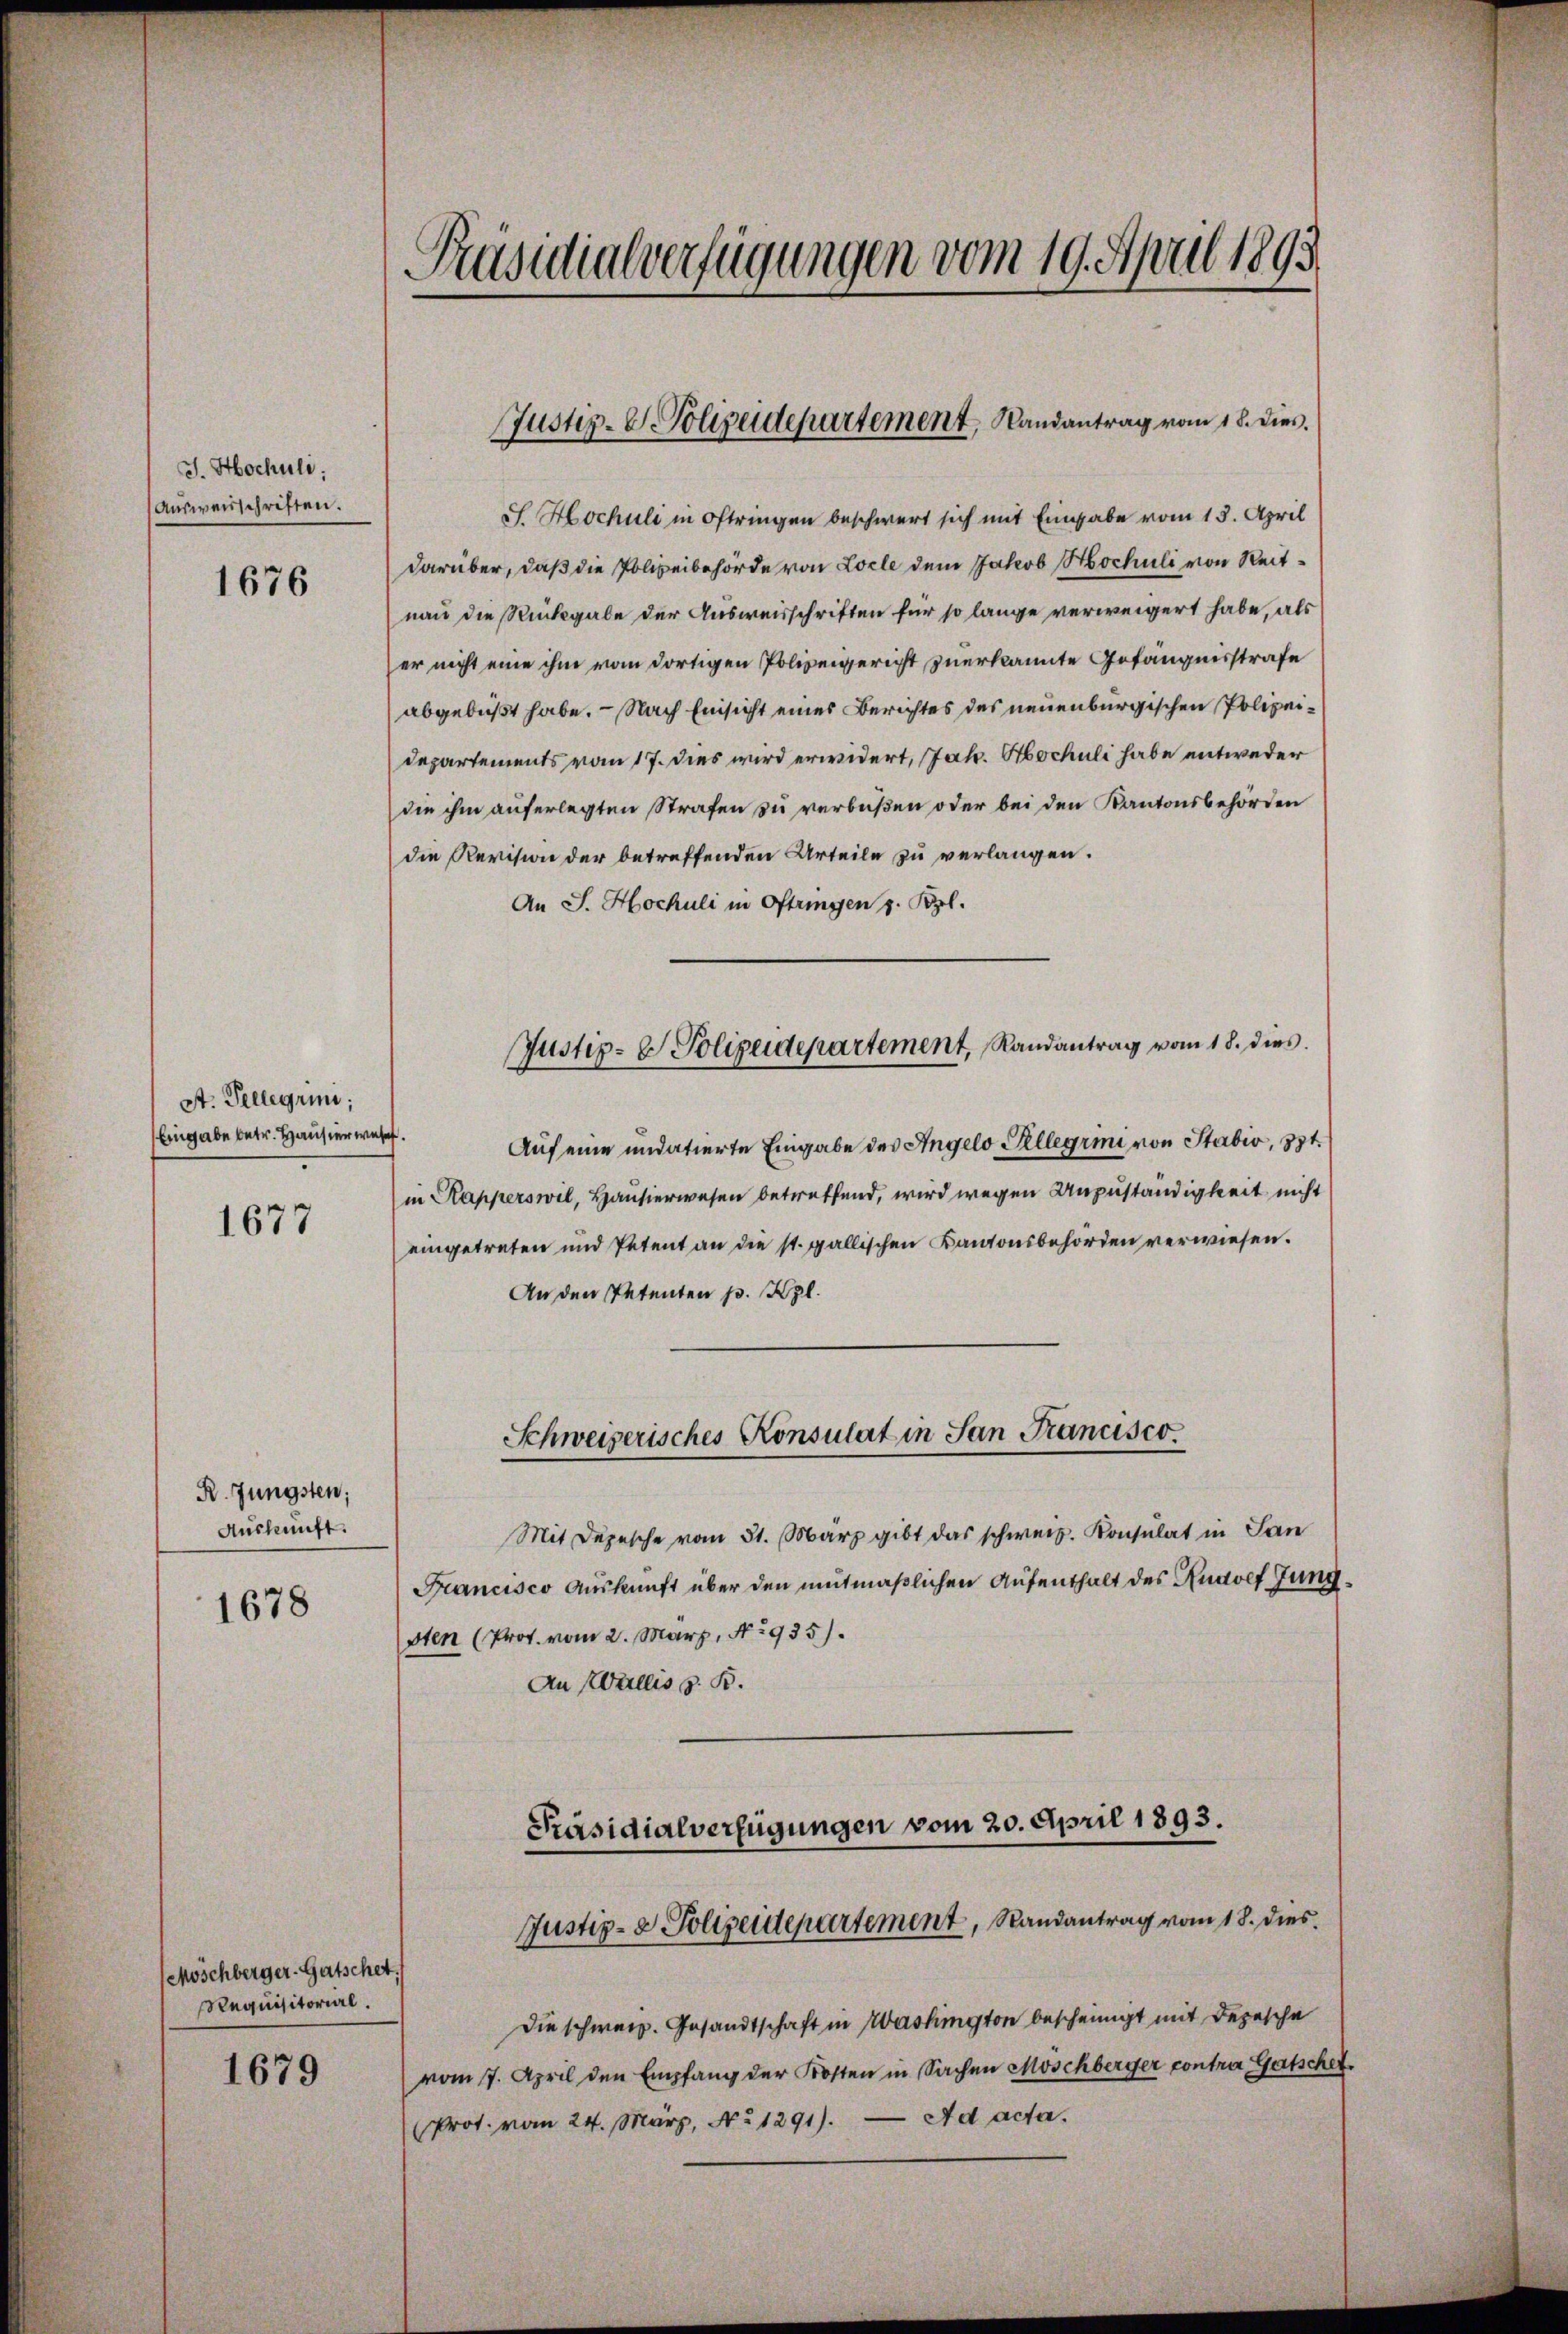
J. Hochuli;
Ausweisschriften.

1676

St. Pellegium,
Eingabe betr. Hausier wese

1677

R. Jüngsten;
Auskunft.

1678

(Möschberger-Gatschet,
Requisitorial.

1679

Präsidialverfügungen vom 19. April 1893

S. Hochuli in Oftringen beschwert sich mit Eingabe vom 13. April
darüber, daß die Polizeibehörde von Locle dem Jakob Hochuli von Reitnau die Rückgabe der Ausweisschriften für so lange verweigert habe, als
er nicht eine ihm vom dortigen Polizeigericht zuerkannte Gefängnisstrafe
abgebüßt habe. - Nach Einsicht eines Berichtes des neuenburgischen Polizei¬
Departements vom 17. dies wird erwidert, Jak. Hochuli habe entweder
die ihm auferlegten Strafen zu verbüßen oder bei den Kantonsbehörden
die Revision der betreffenden Urteile zu verlangen.
An J. Hochuli in Oftringen z. Bzl.
Auf eine undatierte Eingabe des Angelo Pellegrini von Stabio, 33t.
in Kapperswil, Hansierwesen betreffend, wird wegen Unzuständigkeit nicht
eingetreten und Petent an die st. gallischen Kantonsbehörden verwiesen.
An den Petenten p. Kzl.
Schweizerisches Konsulat in San Francisco
Mit Depesche vom 31. März gibt das schweiz. Konsulat in San
Francisco Auskunft über den mutmaßlichen Aufenthalt des Rudolf Jungsten (Prot. vom 2. März, No 935).
An Wallis z. B.

Justiz-V. Polizeidepartement, Landantrag vom 18. dies.

Justiz- & Polizeidepartement, Randantrag vom 18. dies

Präsidialverfügungen vom 20. April 1893.
Justiz- & Polizeidepartement, Randantrag vom 18. dies

Die schweiz. Gesandtschaft in Washington bescheinigt mit Depesche
vom 7. April den Empfang der Kosten in Sachen Moschberger contra Gutschef.
Prot. vom 24. März, No 1291). — A d acta.